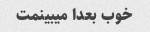
خوب بعدا میبینمت